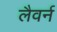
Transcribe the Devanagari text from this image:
लैवर्न